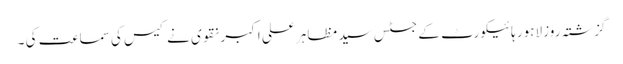
گزشتہ روز لاہور ہائیکورٹ کے جسٹس سید مظاہر علی اکبر نقوی نے کیس کی سماعت کی ۔